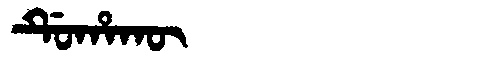
Manchu: ᡩᡠᡥᠠᡴᡡ
Romanization: DUHAKŪ